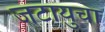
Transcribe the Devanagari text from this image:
जटायुचा